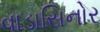
વાડાસિનોર